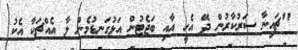
"ޗައިނާ ސަރުކާރުން ދޭ އެހީ އާއި ބަޖެޓުން އަޅުގަނޑުމެން ލާ އެއްޗަކާ އެކު